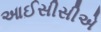
આઈસીસીએ